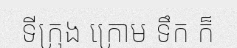
ទីក្រុង ក្រោម ទឹក ក៏